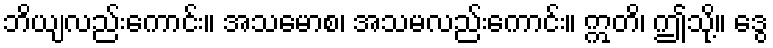
ဘိယျလည်းကောင်း။ အသမောစ၊ အသမလည်းကောင်း။ ဣတိ၊ ဤသို့။ ဒွေ